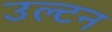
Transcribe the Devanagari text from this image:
उल्टन